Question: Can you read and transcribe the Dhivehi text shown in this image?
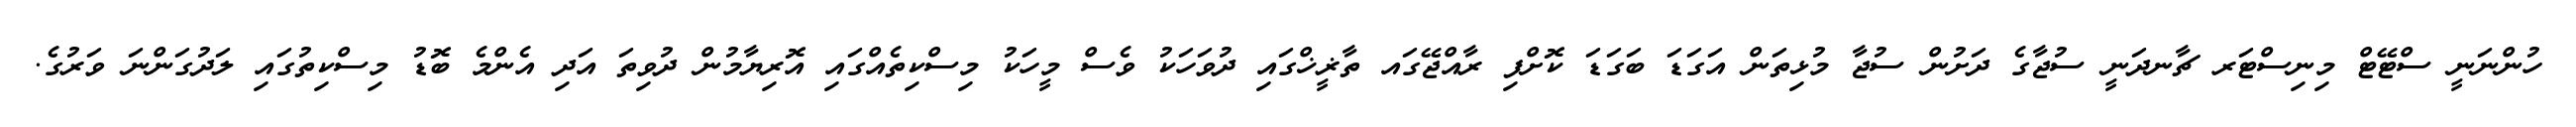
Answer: ހުންނަނީ ސްޓޭޓް މިނިސްޓަރ ޗާނދަނީ ސުޖާގެ ދަށުން ސުޖާ މުޅިތަން އަގަޑަ ބަގަޑަ ކޮށްފި ރާއްޖޭގައ ތާޜީޚްގައި ދުވަހަކު ވެސް މީހަކު މިސްކިތެއްގައި އޮރިޔާމުން ދުވިތަ އަދި އެންމެ ބޮޑު މިސްކިތުގައި ލަދުގަންނަ ވަރުގެ.